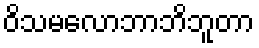
ဝိသမလောဘာဘိဘူတာ